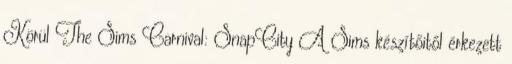
Körül The Sims Carnival: SnapCity A Sims készítőitől érkezett